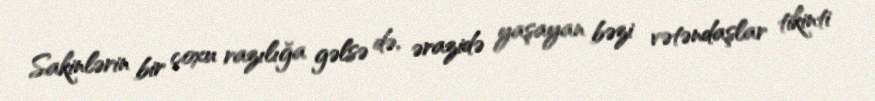
Sakinlərin bir çoxu razılığa gəlsə də, ərazidə yaşayan bəzi vətəndaşlar tikinti